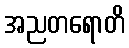
အညတရောတိ